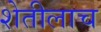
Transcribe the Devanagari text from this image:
शेतीलाच